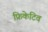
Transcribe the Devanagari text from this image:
फ्रिकेटिव